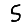
Digit: 5